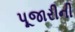
પૂજારીની